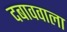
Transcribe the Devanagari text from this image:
दबाववाला